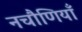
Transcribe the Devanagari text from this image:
नचौणियाँ